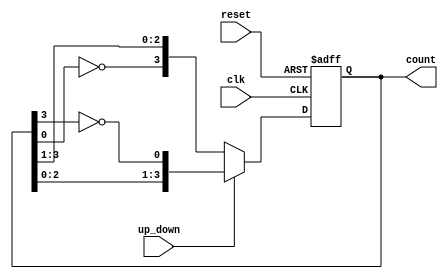
module bidirectional_johnson_counter (
    input wire clk,                 // Clock signal
    input wire reset,               // Reset signal
    input wire up_down,             // Up/Down control signal (1 for up, 0 for down)
    output reg [n-1:0] count       // Output count (n-bit wide)
);
    parameter n = 4;               // Number of bits in the counter

    always @(posedge clk or posedge reset) begin
        if (reset) begin
            count <= 0;            // Reset the counter to 0
        end else begin
            if (up_down) begin      // Count up
                count <= {count[n-2:0], ~count[n-1]};  // Shift right and feedback inverted last bit
            end else begin           // Count down
                count <= {~count[0], count[n-1:1]};      // Shift left and feedback inverted first bit
            end
        end
    end
endmodule